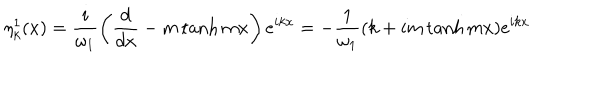
\eta _ { k } ^ { 1 } ( x ) = \frac { i } { \omega _ { 1 } } \left( \frac { d } { d x } - m \tanh m x \right) e ^ { i k x } = - \frac { 1 } { \omega _ { 1 } } ( k + i m \tanh m x ) e ^ { i k x }